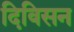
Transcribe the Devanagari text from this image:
दिविसन